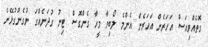
ގޮތެއްވިއަސް އަހަރެން އަހަރެން އެންމެ ލޯބިވާ މީހާ ގެންގޮސް ޓިނު ގުދަނެއްގަ ނުގެންގުޅޭނެ